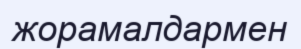
жорамалдармен